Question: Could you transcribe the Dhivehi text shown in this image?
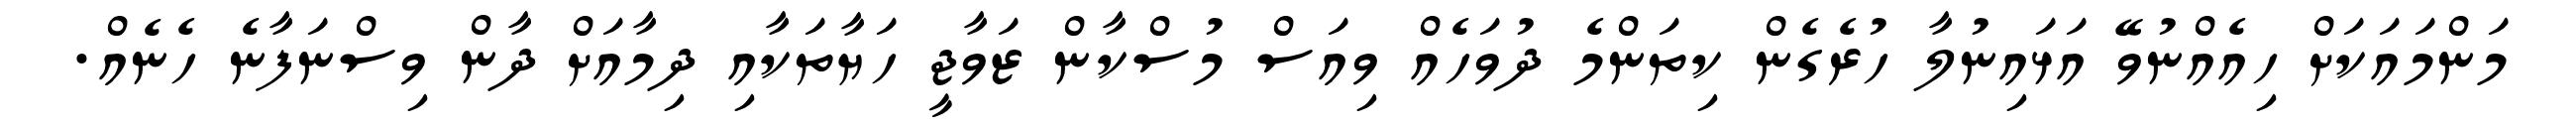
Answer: މަންމައަކަށް ހިއެއްނުވޭ އަޅައިނުލާ ހުރެގެން ކިތަންމެ ދުވަހެއް ވިއަސް މުސްކާން ޒަވާޖީ ހަޔާތަކާއި ދިމާއަށް ދާން ވިސްނަފާނެ ހެނެއް.